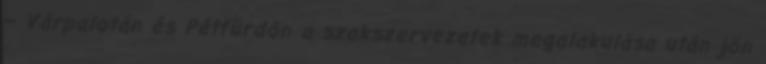
– Várpalotán és Pétfürdőn a szakszervezetek megalakulása után jön